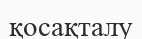
қосақталу